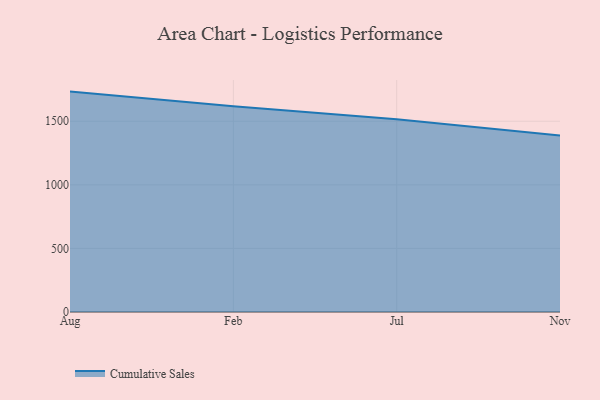
{"axis": {"x": "Month", "y": "Energy Usage (MWh)"}, "legend": ["Cumulative Sales"], "data": [{"x": "Aug", "y": 1733.2, "type": "Cumulative Sales"}, {"x": "Feb", "y": 1617.8, "type": "Cumulative Sales"}, {"x": "Jul", "y": 1516.7, "type": "Cumulative Sales"}, {"x": "Nov", "y": 1387.8, "type": "Cumulative Sales"}]}